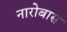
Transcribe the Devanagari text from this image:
नारोबास